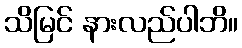
သိမြင် နားလည်ပါဘိ။